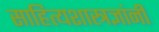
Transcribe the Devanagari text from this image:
साहित्यशास्त्रज्ञांनी